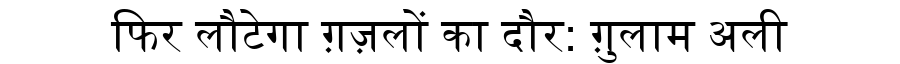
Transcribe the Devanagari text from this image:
फिर लौटेगा ग़ज़लों का दौर: ग़ुलाम अली